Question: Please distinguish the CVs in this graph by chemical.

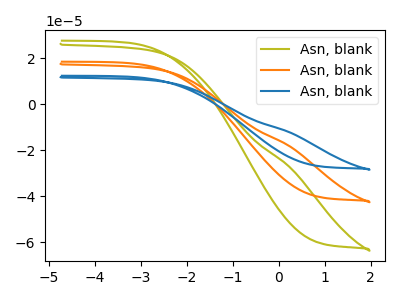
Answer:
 <answer>The olive curve is labeled "Asn, blank1". The orange curve is labeled "Asn, blank2". The blue curve is labeled "Asn, blank3".</answer>
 <eval></eval>